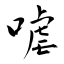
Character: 㖸